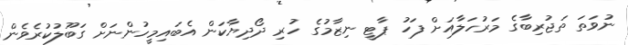
ނުވަތަ ތަޖުރިބާގެ މަރުހަލާއަށް ފަހު ޕާޓީ ނިޒާމުގެ ހުރި ދޯދިޔާކަން އެބައިމީހުންނަށް ގަބޫލުކުރެވެން